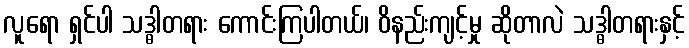
လူရော ရှင်ပါ သဒ္ဓါတရား ကောင်းကြပါတယ်၊ ဝိနည်းကျင့်မှု ဆိုတာလဲ သဒ္ဓါတရားနှင့်